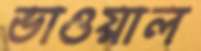
ভাওয়াল